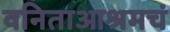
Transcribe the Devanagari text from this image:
वनिताआश्रमचं